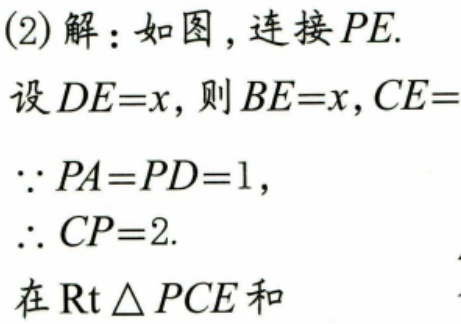
(2)解：如图，连接\(PE\).
设\(DE = x\)，则\(BE = x\)，\(CE =\)
\(\because PA = PD = 1\)，
\(\therefore CP = 2\).
在\(\text{Rt}\triangle PCE\)和